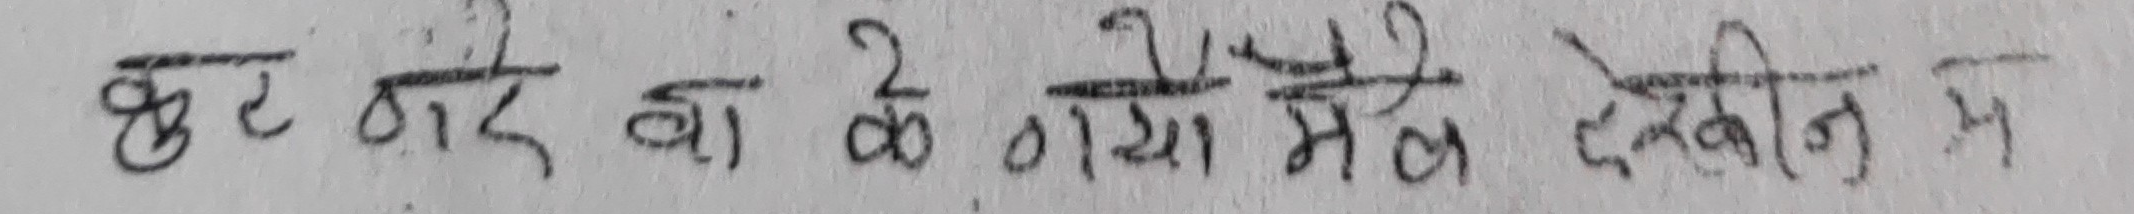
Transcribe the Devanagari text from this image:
कुट टारै बाट के क्या मेल देखी न